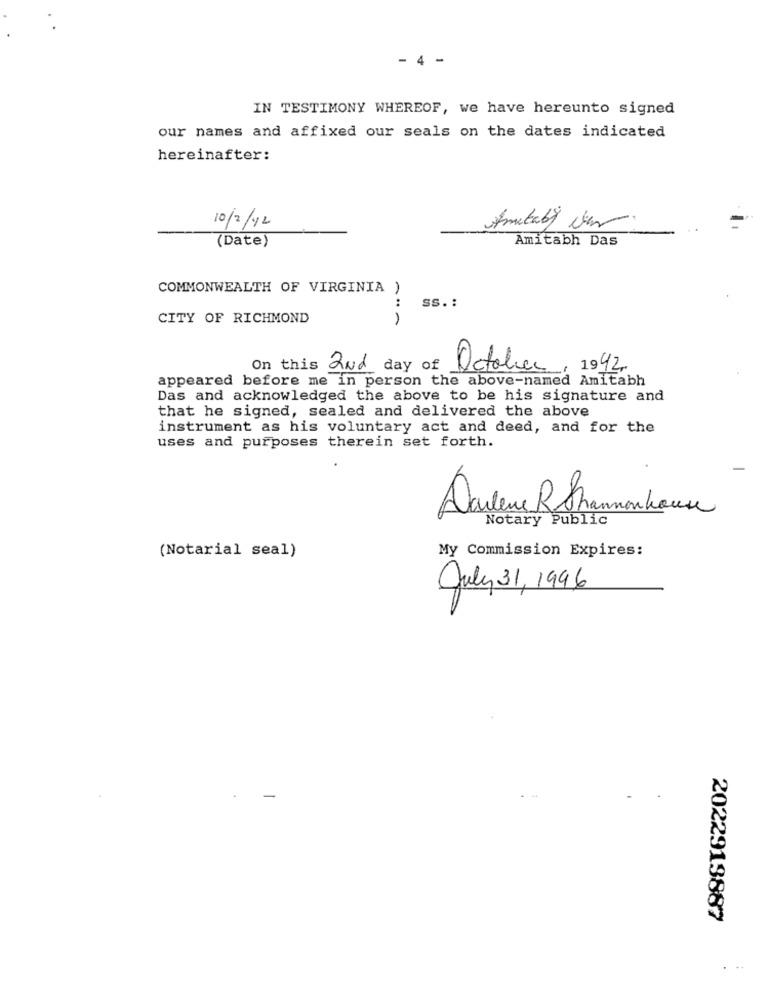
- 4 -
IN TESTIMONY WHEREOF, we have hereunto signed
our names and affixed our seals on the dates indicated
hereinafter:
10/2/12
Amitaby war.
(Date)
Amitabh Das
COMMONWEALTH OF VIRGINIA
:
SS. :
CITY OF RICHMOND
On this and day of
October , 1942
appeared before me in person the above-named Amitabh
Das and acknowledged the above to be his signature and
that he signed, sealed and delivered the above
instrument as his voluntary act and deed, and for the
uses and purposes therein set forth.
Darlene RShannonhouse
Notary Public
My Commission Expires:
(Notarial seal)
July 31, 1996
2022913887